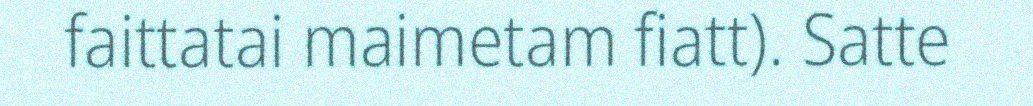
faittatai maimetam fiatt). Satte